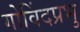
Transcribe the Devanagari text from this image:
गोविंदप्रभु